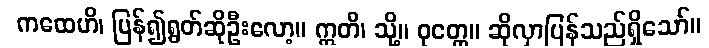
ကထေဟိ၊ ပြန်၍ရွတ်ဆိုဦးလော့။ ဣတိ၊ သို့။ ဝုတ္တေ။ ဆိုလှာပြန်သည်ရှိသော်။